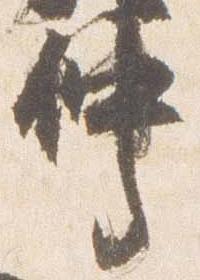
仲